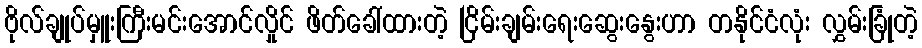
ဗိုလ်ချုပ်မှူးကြီးမင်းအောင်လှိုင် ဖိတ်ခေါ်ထားတဲ့ ငြိမ်းချမ်းရေးဆွေးနွေးဟာ တနိုင်ငံလုံး လွှမ်းခြုံတဲ့